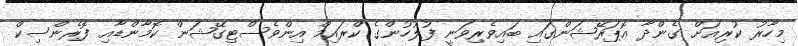
މިހާރު ކުރިއަށް ގެންދާ އޮޕަރޭޝަންގައި ބައިވެރިވަނީ ފުލުހުންގެ ކްރައިމް އިންވެސްޓިގޭޝަން ކޮމާންޑާއި ފޮރެންސިކް